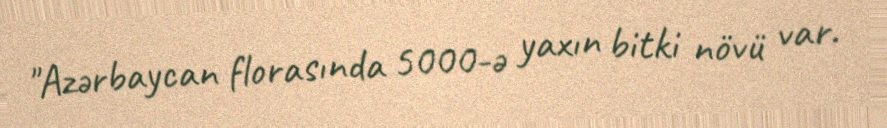
"Azərbaycan florasında 5000-ə yaxın bitki növü var.